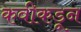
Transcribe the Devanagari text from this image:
कवीकडून